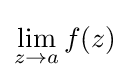
\lim _{z\to a}f(z)